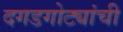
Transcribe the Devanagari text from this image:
दगडगोट्यांची